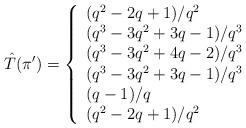
LaTeX: \begin{align*}\hat{T}(\pi') = \left\{\begin{array}{l l}(q^2-2q+1)/q^2 & \\(q^3-3q^2+3q-1)/q^3 & \\(q^3-3q^2+4q-2)/q^3 & \\(q^3-3q^2+3q-1)/q^3 & \\(q-1)/q & \\(q^2-2q+1)/q^2 & \end{array} \right. \end{align*}